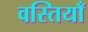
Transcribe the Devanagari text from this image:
वस्तियाँ